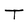
Character: T